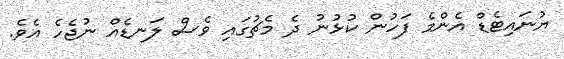
ޔުނައިޓެޑް އެންމެ ފަހުން ކުޅުނު ދެ މެޗުގައި ވެސް ލަނޑެއް ނުޖެހެ އެވެ.